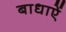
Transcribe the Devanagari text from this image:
बाधाऐं